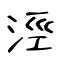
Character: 涇